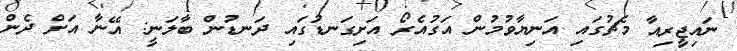
ނައިޖީިރިއާ މެޗުގައި އަނިޔާވުމުން އަގުއެރޯ އަށިގަނޑުގައި ދަނޑުން ބާލަނީ: އޭނާ އަށް ދެން